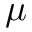
\mu